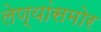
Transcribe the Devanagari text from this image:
लेण्यांसमोर